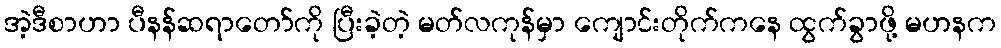
အဲ့ဒီစာဟာ ပီနန်ဆရာတော်ကို ပြီးခဲ့တဲ့ မတ်လကုန်မှာ ကျောင်းတိုက်ကနေ ထွက်ခွာဖို့ မဟနက